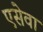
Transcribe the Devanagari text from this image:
एसेवा